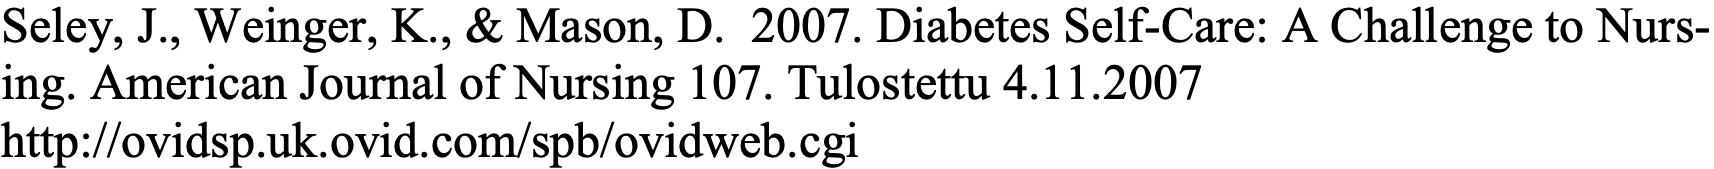
Seley, J., Weinger, K., & Mason, D. 2007. Diabetes Self-Care: A Challenge to Nurs- ing. American Journal of Nursing 107. Tulostettu 4.11.2007 http://ovidsp.uk.ovid.com/spb/ovidweb.cgi